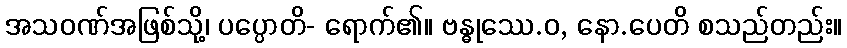
အသဝဏ်အဖြစ်သို့၊ ပပ္ပောတိ- ရောက်၏။ ဗန္ဓုဿေ.ဝ, နော.ပေတိ စသည်တည်း။